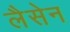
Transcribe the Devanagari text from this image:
लैसेन